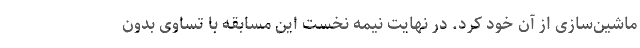
ماشین‌سازی از آن خود کرد. در نهایت نیمه نخست این مسابقه با تساوی بدون